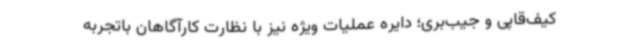
کیف‌قاپی و جیب‌بری؛ دایره عملیات ویژه نیز با نظارت کارآگاهان باتجربه